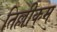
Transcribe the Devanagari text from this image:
तिल्लीकम